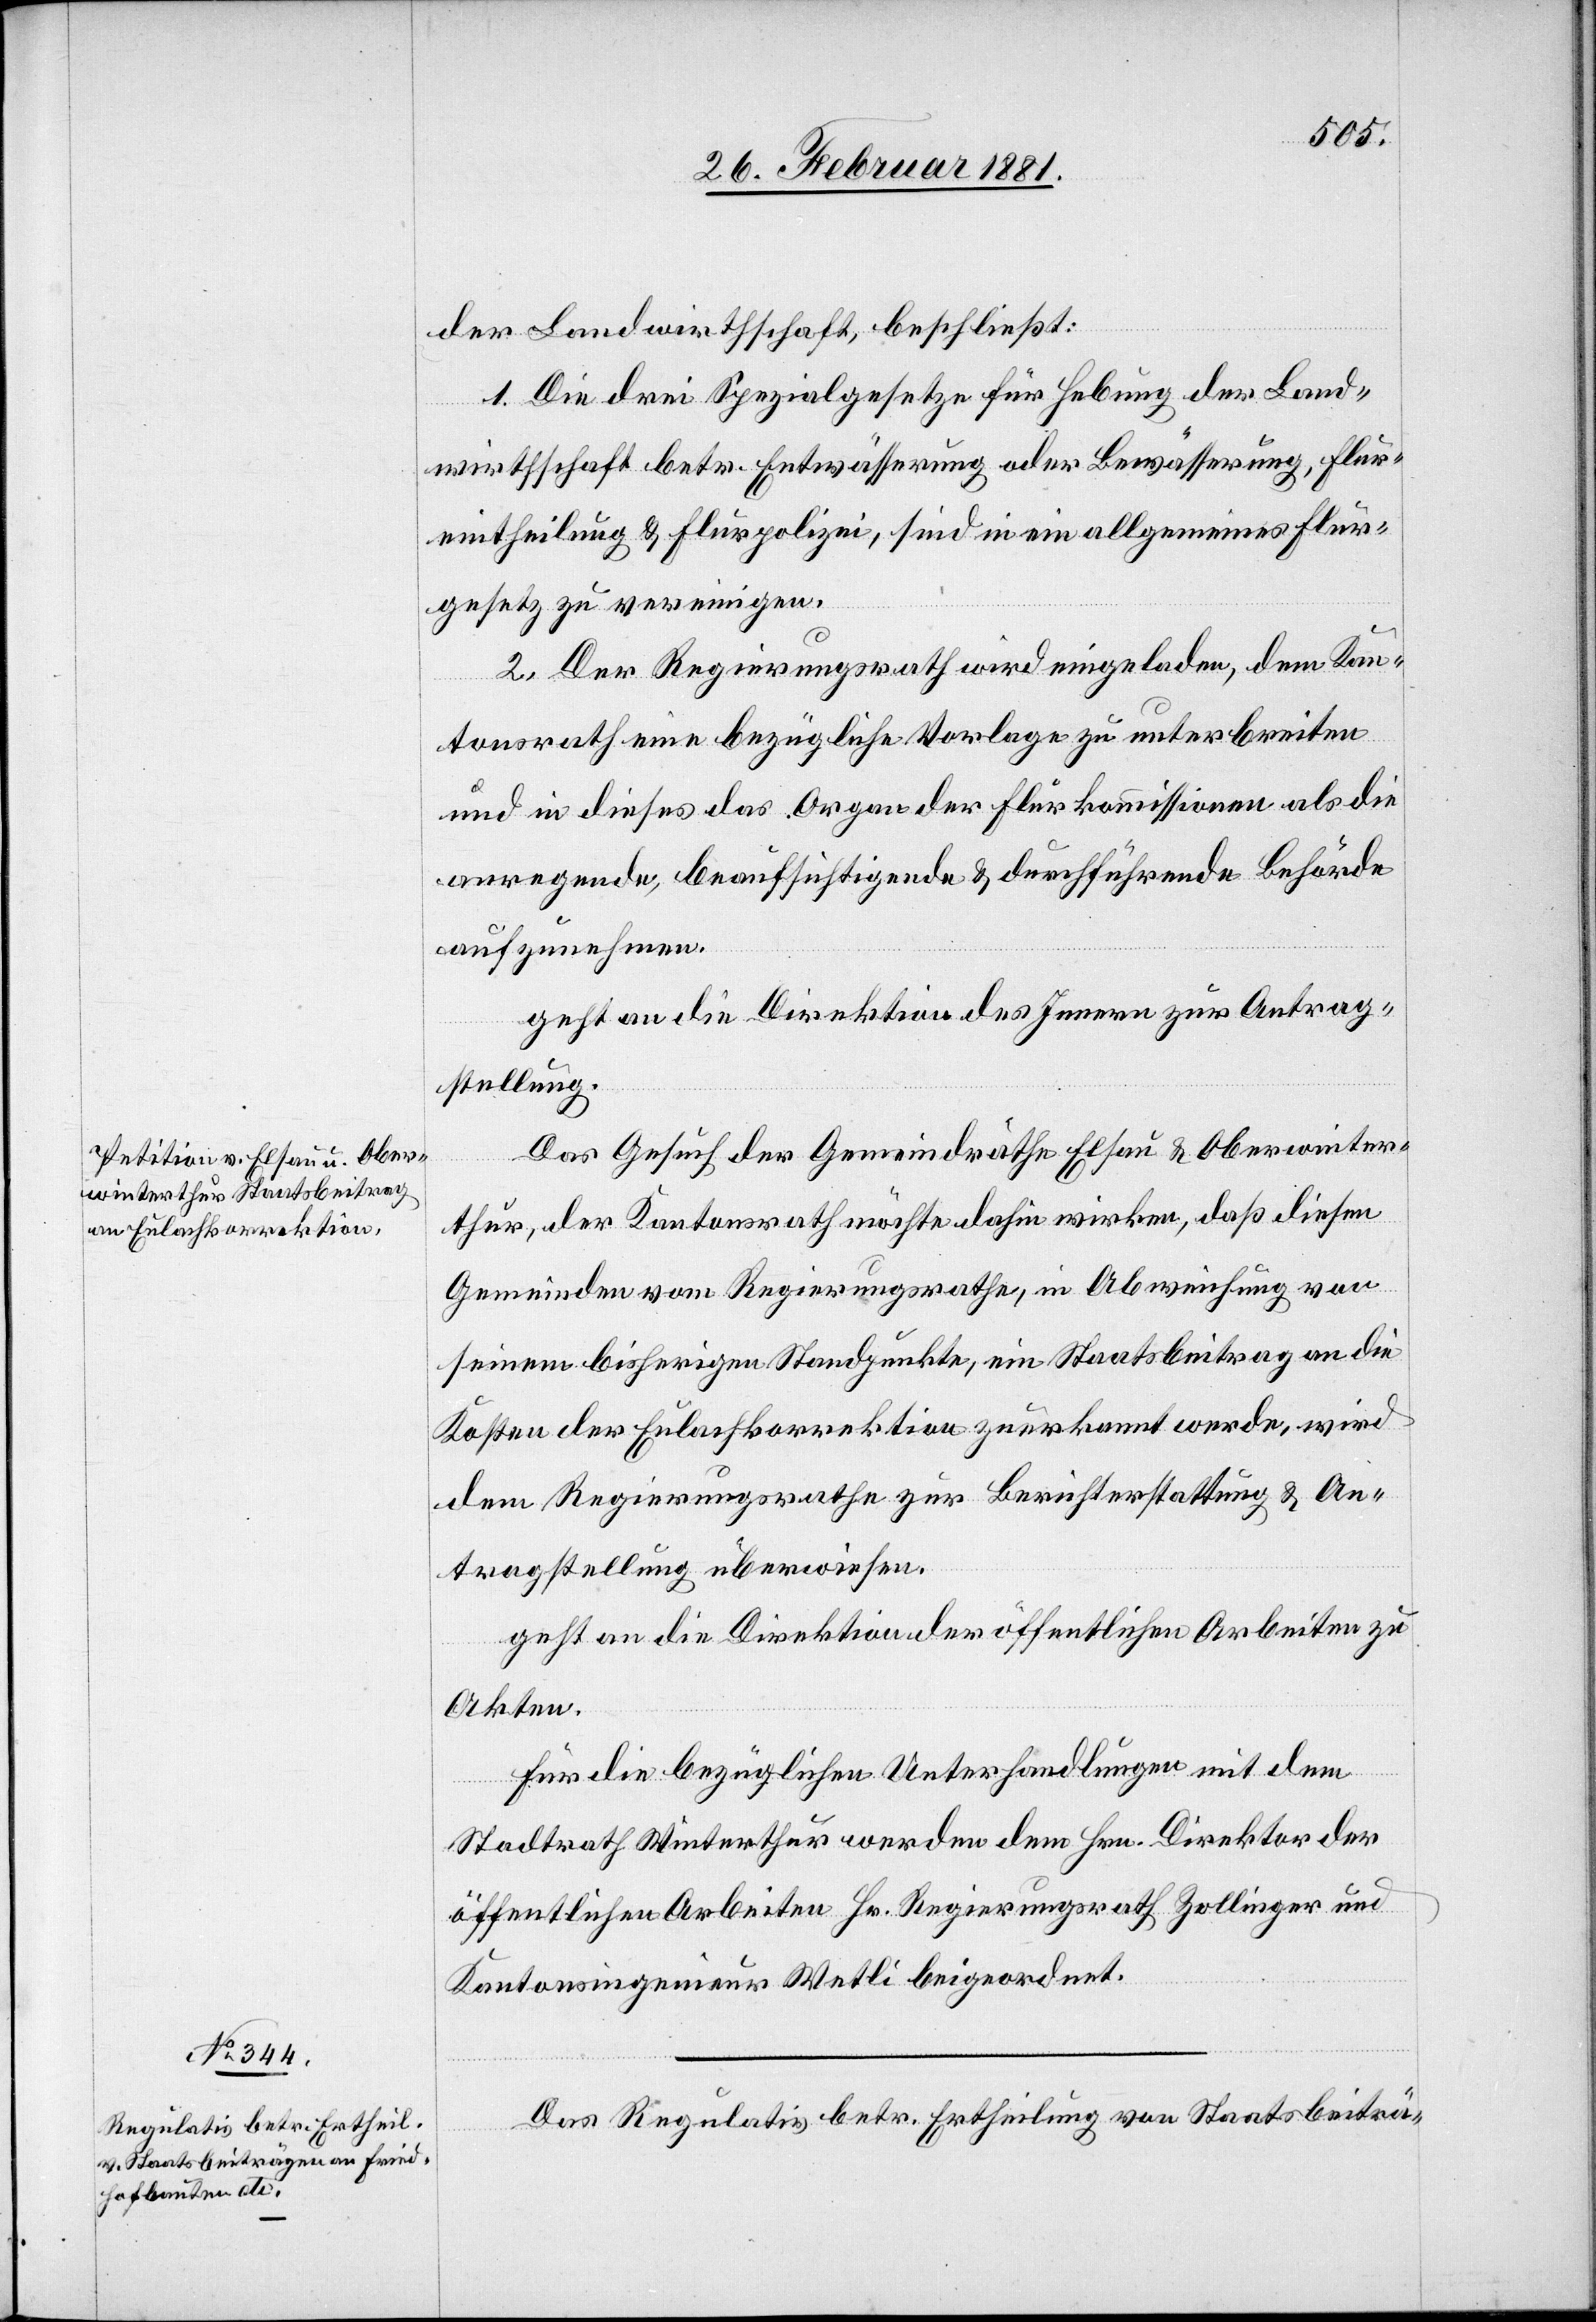
der Landwirthschaft, beschließt:
1. Die drei Spezialgesetze für Hebung der Land¬
den
wirthschaft betr. Entwässerung oder Bewässerung, Flur¬
eintheilung & Flurpolizei, sind in ein allgemeines Flur¬
gesetz zu vereinigen.
2. Der Regierungsrath wird eingeladen, dem Kan¬
tonsrath eine bezügliche Vorlage zu unterbreiten
und in dieses das Organ der Flurkommissionen als die
anregende, beaufsichtigende & durchführende Behörde
aufzunehmen.
geht an die Direktion des Innern zur Antrag¬
stellung.
Das Gesuch der Gemeindräthe Elsau & Oberwinter¬
thur, der Kantonsrath möchte dahin wirken, daß diesen
Gemeinden vom Regierungsrathe, in Abweichung von
seinem bisherigen Standpunkte, ein Staatsbeitrag an die
Kosten der Eulachkorrektion zu erkannt werde, wird
dem Regierungsrathe zur Berichterstattung & An¬
tragstellung überwiesen.
geht an die Direktion der öffentlichen Arbeiten zu
Akten.
Für die bezüglichen Unterhandlungen mit dem
Stadtrath Winterthur werden dem Hrn. Direktor der
öffentlichen Arbeiten Hr. Regierungsrath Zollinger und
Kantonsingenieur Wetli beigeordnet.
Das Regulativ betr. Ertheilung von Staatsbeiträ-